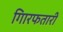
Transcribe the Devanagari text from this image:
गिारफतारी